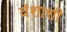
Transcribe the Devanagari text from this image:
वंशाशी